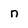
Character: n